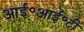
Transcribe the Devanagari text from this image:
आई॰आई॰टी